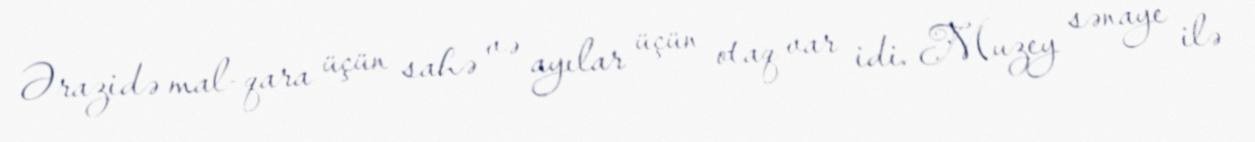
Ərazidə mal-qara üçün sahə və ayılar üçün otaq var idi. Muzey sənaye ilə